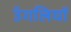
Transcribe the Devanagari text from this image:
उॅगलियाॅ